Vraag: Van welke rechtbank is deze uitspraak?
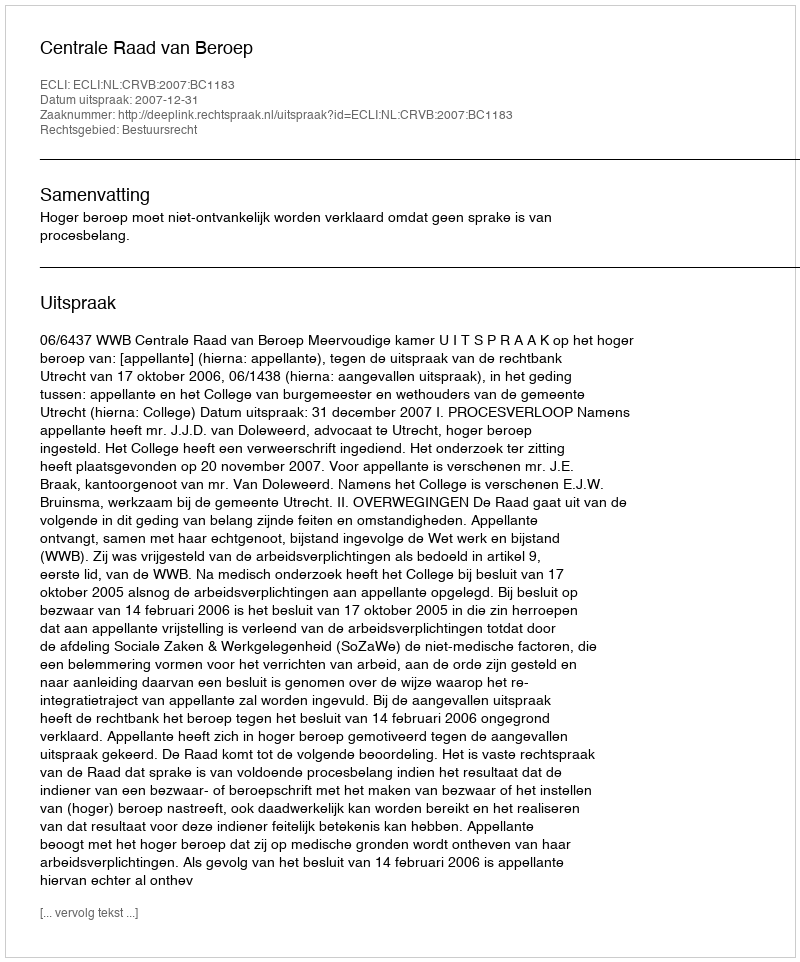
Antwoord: Centrale Raad van Beroep